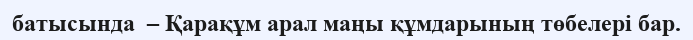
батысында  – Қарақұм арал маңы құмдарының төбелері бар.